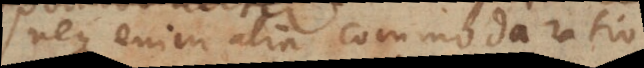
neque enim alia commoda ratio